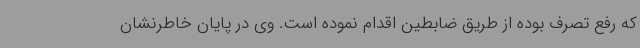
که رفع تصرف بوده از طریق ضابطین اقدام نموده است. وی در پایان خاطرنشان